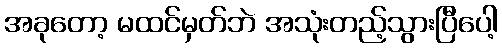
အခုတော့ မထင်မှတ်ဘဲ အသုံးတည့်သွားပြီပေါ့